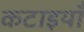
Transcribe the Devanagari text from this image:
कटाइयाँ